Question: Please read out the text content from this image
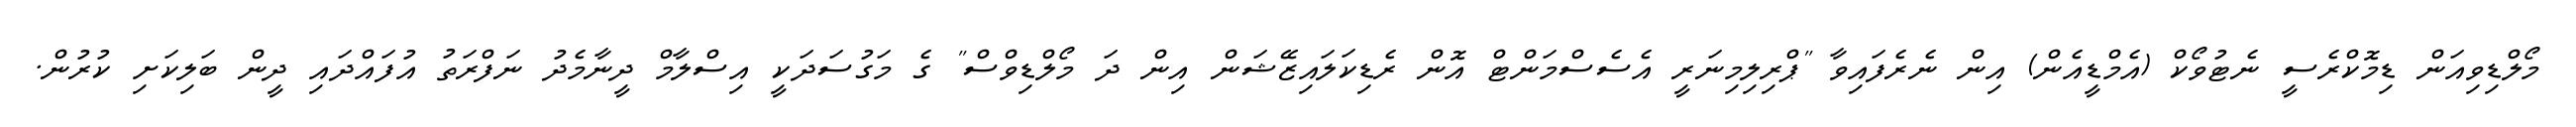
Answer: މޯލްޑިވިއަން ޑިމޮކްރެސީ ނެޓުވޯކް (އެމްޑީއެން) އިން ނެރެފައިވާ "ޕްރިލިމިނަރީ އެސެސްމަންޓް އޮން ރެޑިކަލައިޒޭޝަން އިން ދަ މޯލްޑިވްސް" ގެ މަގުސަދަކީ އިސްލާމް ދީނާމެދު ނަފްރަތު އުފައްދައި ދީން ބަލިކަށި ކުރުން.